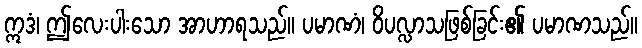
ဣဒံ၊ ဤလေးပါးသော အာဟာရသည်။ ပမာဏံ၊ ဝိပလ္လာသဖြစ်ခြင်း၏ ပမာဏသည်။